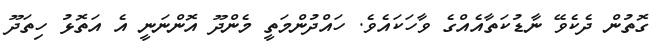
ގޮތުން ދެކެވޭ ނާޑުކަތާއެއްގެ ވާހަކައެވެ. ހައްދުންމަތީ މެންދޫ އޮންނަނީ އެ އަތޮޅު ހިތަދޫ